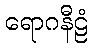
ရောဂနီဠံ